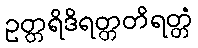
ဥတ္တရိဒိရတ္တတိရတ္တံ